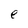
Character: e